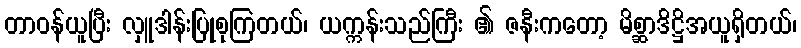
တာဝန်ယူပြီး လှူဒါန်းပြုစုကြတယ်၊ ယက္ကန်းသည်ကြီး ၏ ဇနီးကတော့ မိစ္ဆာဒိဋ္ဌိအယူရှိတယ်၊